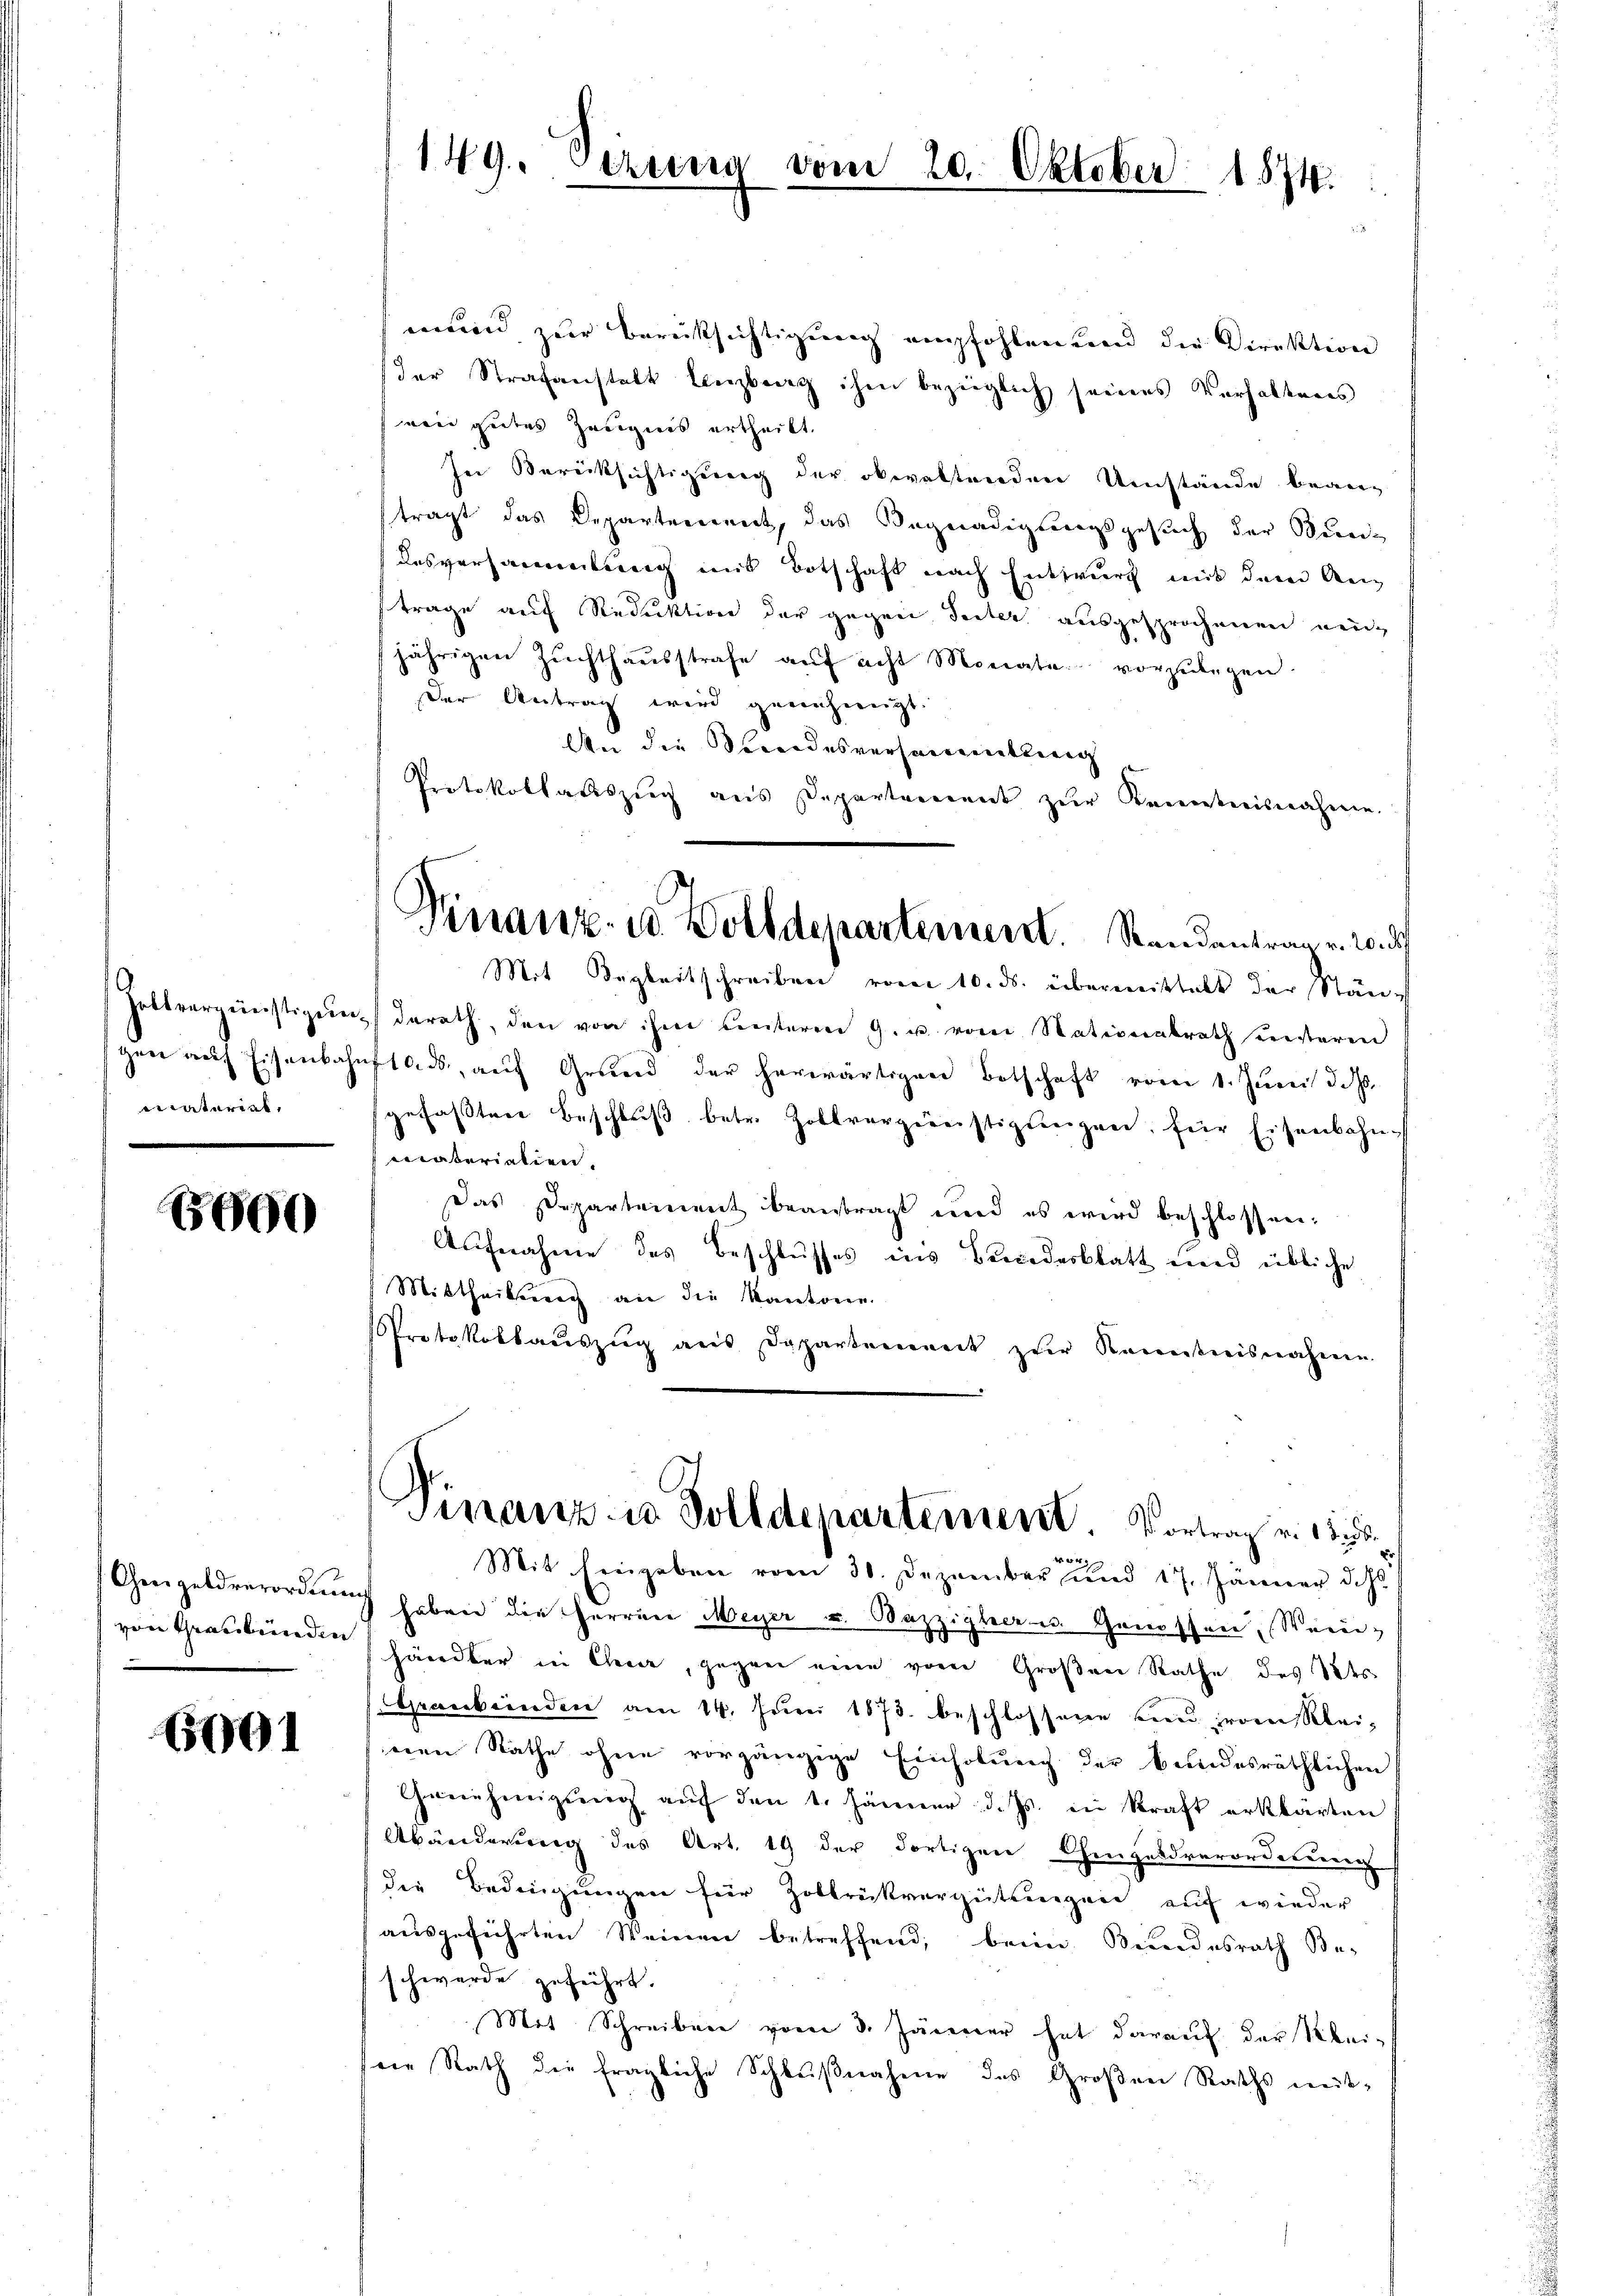
Zollvergünstigung
eaterial,

8600

Ghergeld verordnung
von Graubünden

6001

149. Seriena vom 20. Oktober 1874.

mund zur Berücksichtigung empfohlen und die Direktion
der Strafanstalt Lenzburg ihm bezüglich seines Verhaltens
wein geltes Zeugnis ertheilt.
In Berücksichtigung der obwaltenden Umstände beanträgt das Departeriennet, das Begnadigungsgesuch der Bereidesversammlung mit Botschaft nach Entwurf mit dem Antrage auf Reduktion der gegen Seiter ausgesprochenen neu-
jährigen Zŭchthaŭsstrafe aŭf acht Monate vorzŭlegen.
Der Antrag wird genehmigt.
An die Sterndesversammenkung
Protokollauszug aus Departement zur Kenntnisnahme.
Mit Begleitschreiben vom 10. ds. übermittalt der Ständerath, den von ihm Leiterm 9. u vom Stationalrath unsteren
gen aŭf Eisenbahnstals aŭf Grund der herwärtigen Botschaft vom 1. Jŭni d. d.
gefaβten Beschlŭβ betr. Zollvergünstigungen, für Eisenbahnmiaterialien.
Das Departement beantragt und es wird beschlossen:
Aufnahme des Beschlusses ins Bundesblatt und übliche
Mittheilung an die Kantone.
Protokollaŭszŭg aŭs Departement zŭr Kenntnisnahme.
Finanz in Solldepartement. Vortrag v. 15.

Mit hingeben vom 30. Dezember und 17. Jänner das
 haben die Herren Meyer u. Bazzisher u. Genossen, Wein-
händler in Chur, gegen eine vom Großen Rathe des Wes
Graubünden am 14. Jŭni 1873. beschlossene neu proen Kleinen Rathe ohne vorgängige Einholung der bundesräthlichen
Genehmigŭng aŭf den 1. Jänner d. Js. in Kraft erklärten
Abänderung des Art. 19 der dortigen Chenzeldverordetene
die Bedingungen für Zollrükvergütungen auf wieder
ausgeführten Weinen betreffend, beim Bundesrath Be-
schwerde zuführt.
Mit Schreiben vom 3. Jänner hat darauf der Reivie Rath die fragliche Schlŭβnahme des Großen Raths mit-

Finanz- u Dolldepartement. Standentrag v. 20. d.